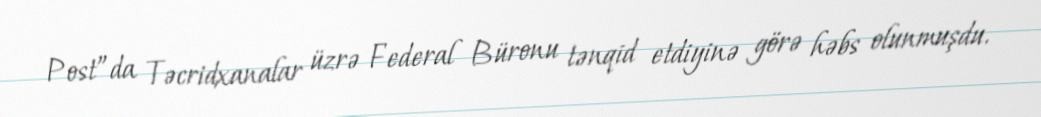
Post”da Təcridxanalar üzrə Federal Büronu tənqid etdiyinə görə həbs olunmuşdu.